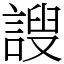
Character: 謏